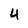
Character: 4